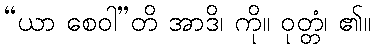
“ယာ စေဝါ”တိ အာဒိ၊ ကို။ ဝုတ္တံ၊ ၏။